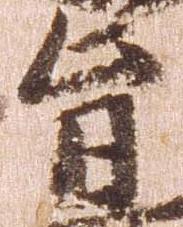
旨